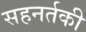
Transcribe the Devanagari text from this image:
सहनर्तकी